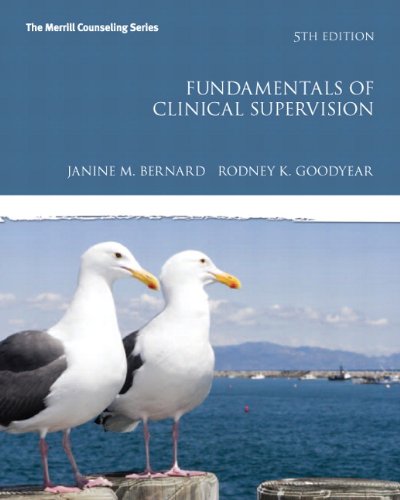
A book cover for Fundamentals of Clinical Supervision (5th Edition) (New 2013 Counseling Titles); Janine M. Bernard; Education & Teaching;